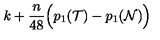
k + { \frac { n } { 4 8 } } \Bigl ( p _ { 1 } ( { \cal T } ) - p _ { 1 } ( { \cal N } ) \Bigr )